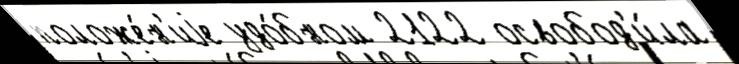
положе́н'иjе удо́бном 2122 освобод'и́ла